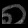
Digit: ၈